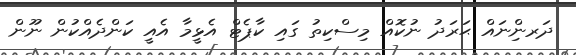
ދަރނިްނައް ޙަރަދު ނުކޮއް މިސްކިތު ގައި ކާޕެޓް އެޅީމާ އެއީ ކަންދެއްކުން ނޫން